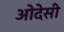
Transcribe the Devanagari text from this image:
ओदेसी